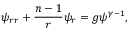
\psi _ { r r } + { \frac { n - 1 } { r } } \psi _ { r } = g \psi ^ { \gamma - 1 } ,